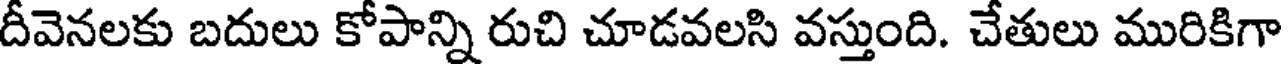
దీవెనలకు బదులు కోపాన్ని రుచి చూడవలసి వస్తుంది. చేతులు మురికిగా